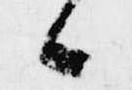
候